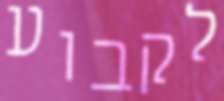
לקבוע